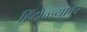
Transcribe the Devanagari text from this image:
हिंदोळ्यावर